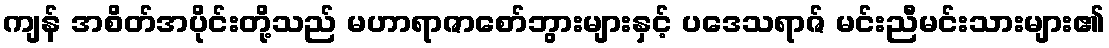
ကျန် အစိတ်အပိုင်းတို့သည် မဟာရာဇာစော်ဘွားများနှင့် ပဒေသရာဇ် မင်းညီမင်းသားများ၏